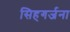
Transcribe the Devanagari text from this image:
सिहगर्जना